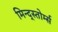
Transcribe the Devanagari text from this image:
मिन्द्स्तोर्म्स